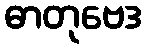
ဓာတုဗေဒ